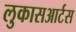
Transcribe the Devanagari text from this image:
लुकासआर्टस